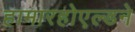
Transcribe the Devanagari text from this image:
हामारहोएल्डने